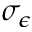
\sigma _ { \epsilon }